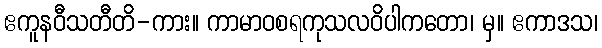
ဧကူနဝီသတီတိ-ကား။ ကာမာဝစရကုသလဝိပါကတော၊ မှ။ ဧကာဒသ၊